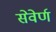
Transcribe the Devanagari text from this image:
सेवेर्ण